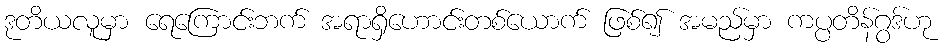
ဒုတိယလူမှာ ရေကြောင်းဘက် အရာရှိဟောင်းတစ်ယောက် ဖြစ်၍ အမည်မှာ ကပ္ပတိန်ဂွဒ်ဟု